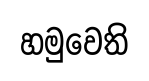
හමුවෙති